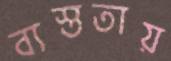
ব্যস্ততায়